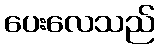
ပေးလေသည်